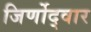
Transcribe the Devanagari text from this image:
जिर्णोद्वार